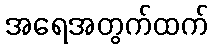
အရေအတွက်ထက်